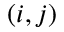
( i , j )